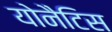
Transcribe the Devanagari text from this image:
योनैटिस